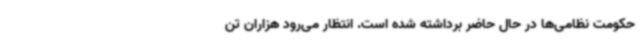
حکومت نظامی‌ها در حال حاضر برداشته شده است. انتظار می‌رود هزاران تن